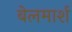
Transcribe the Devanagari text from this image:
बेलमार्श